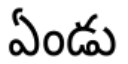
ఏండు